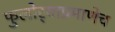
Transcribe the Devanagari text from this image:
फुलोर्‍याप्रमाणेच